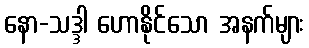
နော-သဒ္ဒါ ဟောနိုင်သော အနက်များ